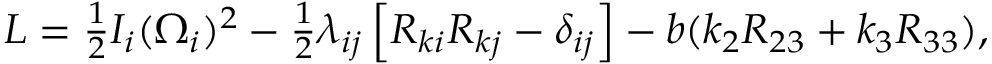
\begin{array} { r } { L = \frac 1 2 I _ { i } ( \Omega _ { i } ) ^ { 2 } - \frac 1 2 \lambda _ { i j } \left[ R _ { k i } R _ { k j } - \delta _ { i j } \right] - b ( k _ { 2 } R _ { 2 3 } + k _ { 3 } R _ { 3 3 } ) , } \end{array}